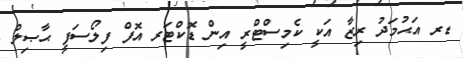
ޑރ އަޙުމަދު ރިޒާ އަކީ ކެމިސްޓްރީ އިން ޑޮކްޓަރ އޮފް ފިލޯސަފީ ޙާޞިލް